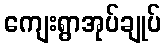
ကျေးရွာအုပ်ချုပ်